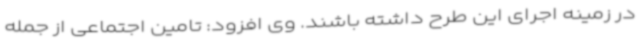
در زمینه اجرای این طرح داشته باشند. وی افزود: تامین اجتماعی از جمله